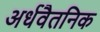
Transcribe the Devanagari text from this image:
अर्धवैतनिक